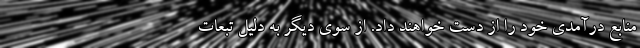
منابع درآمدی خود را از دست خواهند داد. از سوی دیگر به دلیل تبعات